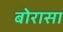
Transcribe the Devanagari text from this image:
बोरासा